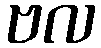
ဗလ